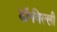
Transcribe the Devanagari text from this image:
डॉ॰विल्ली